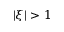
| \xi | > 1